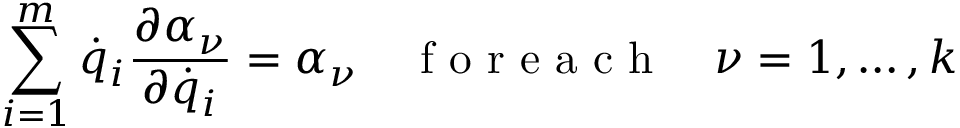
\sum _ { i = 1 } ^ { m } { \dot { q } } _ { i } \frac { \partial \alpha _ { \nu } } { \partial { \dot { q } } _ { i } } = \alpha _ { \nu } \quad \textrm { f o r e a c h } \quad \nu = 1 , \dots , k